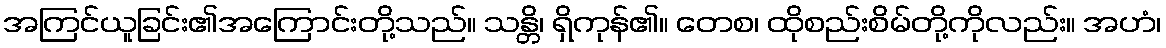
အကြင်ယူခြင်း၏အကြောင်းတို့သည်။ သန္တိ၊ ရှိကုန်၏။ တေစ၊ ထိုစည်းစိမ်တို့ကိုလည်း။ အဟံ၊